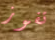
تفوز